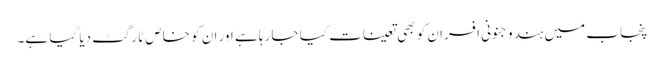
پنجاب میں ہندو جنونی افسران کو بھی تعینات کیا جا رہا ہے اور ان کو خاص ٹارگٹ دیا گیا ہے۔